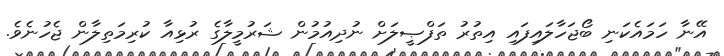
އޭނާ ހަމައެކަނި ބޯޖަހާލައިފައި އިތުރު ތަފްޞީލަށް ނުދިއުމުން ޝަރުމީލާގެ ރުޅިއާ ކުރިމަތިލާން ޖެހުނެވެ.